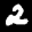
Label: 2